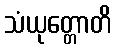
သံယုတ္တောတိ